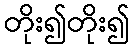
တိုး၍တိုး၍